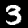
Label: 3